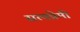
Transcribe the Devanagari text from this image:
सत्यप्रेमी